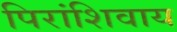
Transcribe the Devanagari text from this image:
पिरांशिवाय